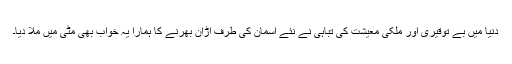
دنیا میں بے توقیری اور ملکی معیشت کی تباہی نے نئے آسمان کی طرف اڑان بھرنے کا ہمارا یہ خواب بھی مٹی میں ملا دیا۔